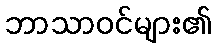
ဘာသာဝင်များ၏